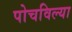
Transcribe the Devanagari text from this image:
पोचविल्या